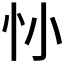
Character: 𢖹